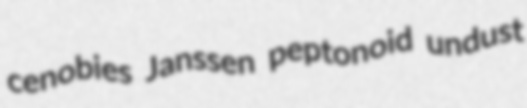
cenobies Janssen peptonoid undust